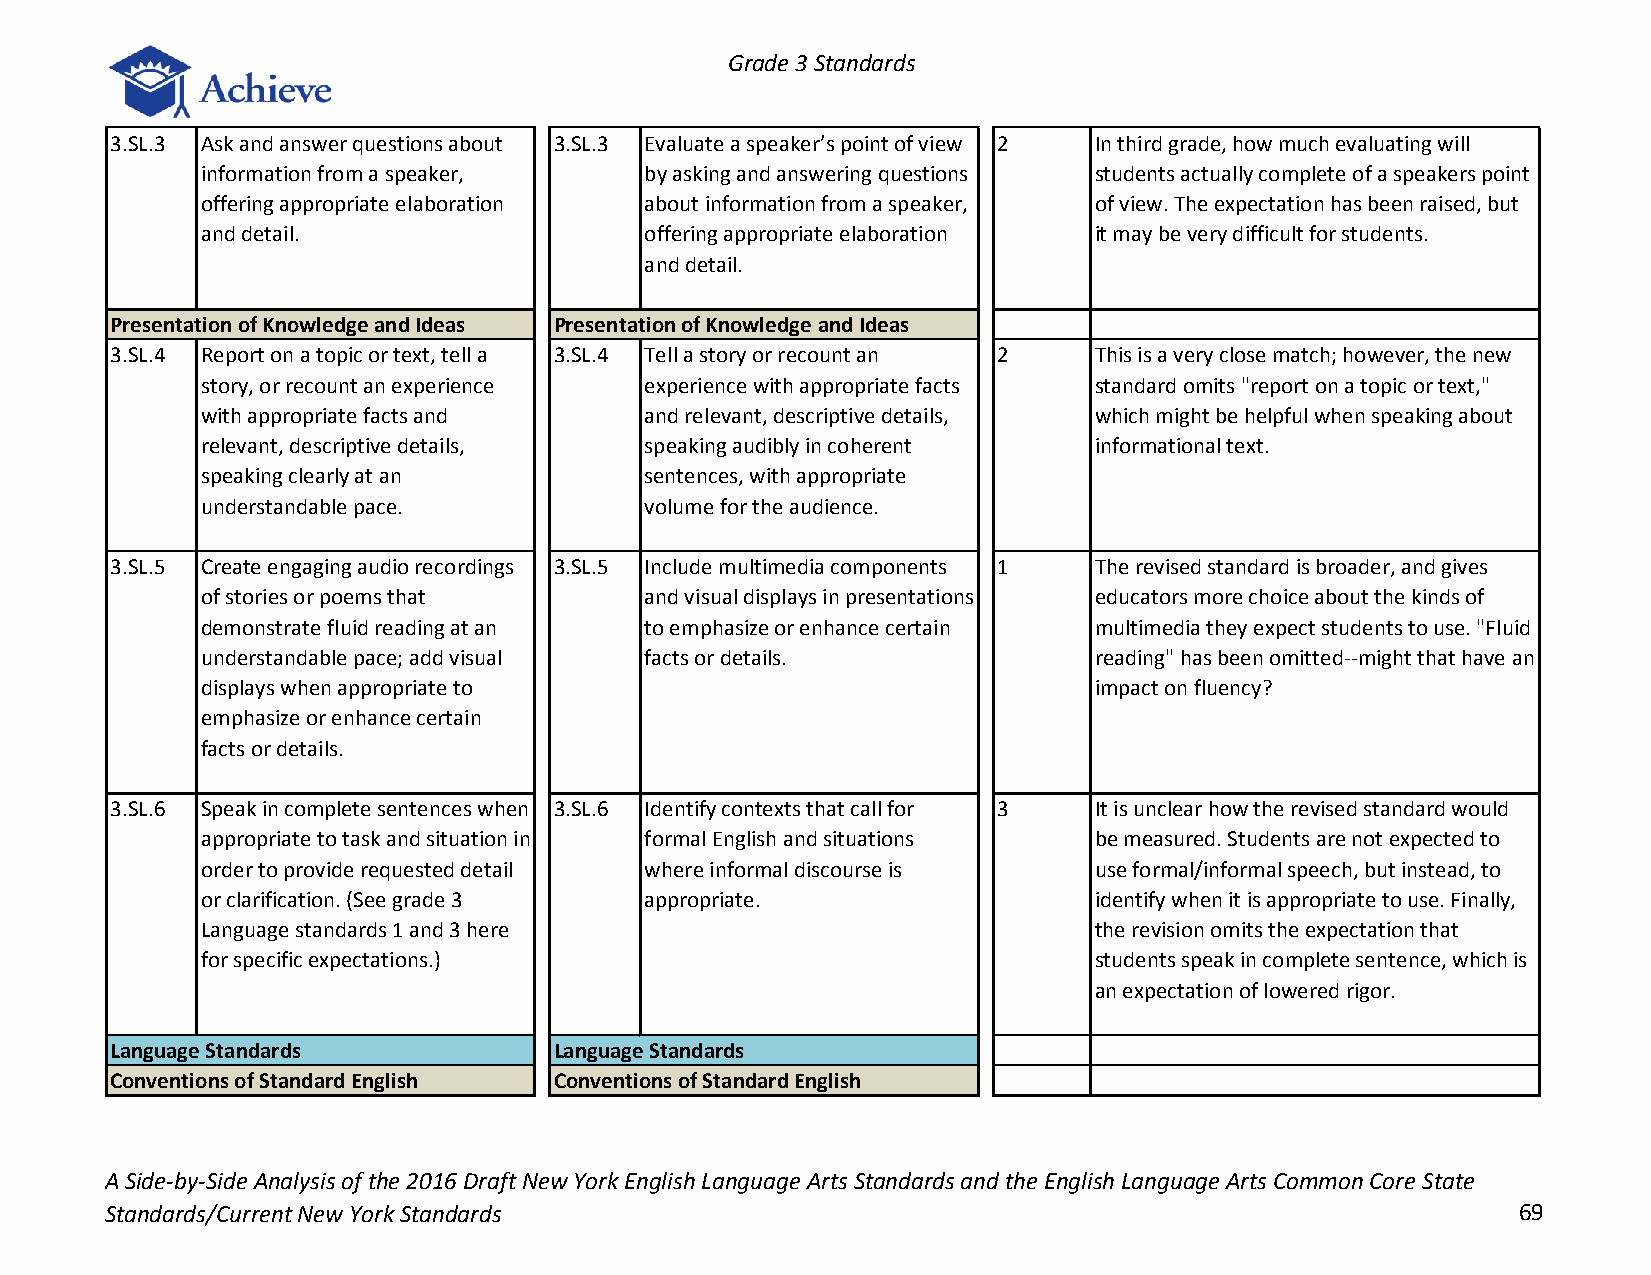
Grade 3 Standards
 3.SL.3 Ask and answer questions about 3.SL.3 Evaluate a speaker’s point of view 2 In third grade, how much evaluating will
 information from a speaker,   by asking and answering questions students actually complete of a speakers point
 offering appropriate elaboration about information from a speaker, of view. The expectation has been raised, but
 and detail.                   offering appropriate elaboration it may be very difficult for students.
 and detail.
 Presentation of Knowledge and Ideas Presentation of Knowledge and Ideas
 3.SL.4 Report on a topic or text, tell a 3.SL.4 Tell a story or recount an 2 This is a very close match; however, the new
 story, or recount an experience experience with appropriate facts standard omits "report on a topic or text,"
 with appropriate facts and    and relevant, descriptive details, which might be helpful when speaking about
 relevant, descriptive details, speaking audibly in coherent informational text.
 speaking clearly at an        sentences, with appropriate
 understandable pace.          volume for the audience.
 3.SL.5 Create engaging audio recordings 3.SL.5 Include multimedia components 1 The revised standard is broader, and gives
 of stories or poems that      and visual displays in presentations educators more choice about the kinds of
 demonstrate fluid reading at an to emphasize or enhance certain multimedia they expect students to use. "Fluid
 understandable pace; add visual facts or details.          reading" has been omitted--might that have an
 displays when appropriate to                               impact on fluency?
 emphasize or enhance certain
 facts or details.
 3.SL.6 Speak in complete sentences when 3.SL.6 Identify contexts that call for 3 It is unclear how the revised standard would
 appropriate to task and situation in formal English and situations be measured. Students are not expected to
 order to provide requested detail where informal discourse is use formal/informal speech, but instead, to
 or clarification. (See grade 3 appropriate.                identify when it is appropriate to use. Finally,
 Language standards 1 and 3 here                            the revision omits the expectation that
 for specific expectations.)                                students speak in complete sentence, which is
 an expectation of lowered rigor.
 Language Standards            Language Standards
 Conventions of Standard English Conventions of Standard English
 A Side-by-Side Analysis of the 2016 Draft New York English Language Arts Standards and the English Language Arts Common Core State
 Standards/Current New York Standards                                                         69